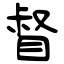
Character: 督